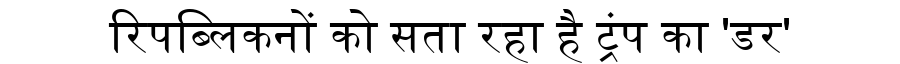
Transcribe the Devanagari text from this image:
रिपब्लिकनों को सता रहा है ट्रंप का 'डर'